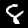
Digit: 8